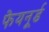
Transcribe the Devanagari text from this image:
फेयनूर्ड